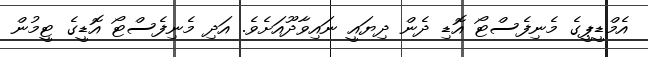
އެމްޑީޕީގެ މެނިފެސްޓޯ އޮޑި ދެން ދިޔައީ ނައިވާދޫއަށެވެ. އަދި މެނިފެސްޓޯ އޮޑީގެ ޓީމުން